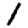
Digit: 1